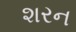
શરન